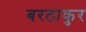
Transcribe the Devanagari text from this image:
बरठाकुर